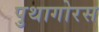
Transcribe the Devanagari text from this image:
पुथागोरस